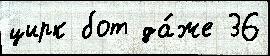
цирк бот да́же 36